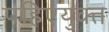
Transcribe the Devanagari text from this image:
पहिएयुक्‍त